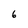
Character: 6